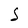
Character: S